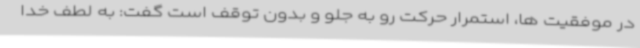
در موفقیت ها، استمرار حرکت رو به جلو و بدون توقف است گفت: به لطف خدا